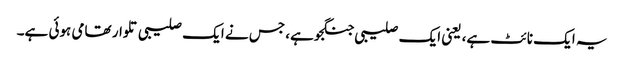
یہ ایک نائٹ ہے، یعنی ایک صلیبی جنگجو ہے، جس نے ایک صلیبی تلوار تھامی ہوئی ہے۔